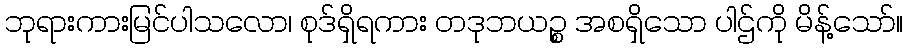
ဘုရားကားမြင်ပါသလော၊ စုဒ်ရှိရကား တဒုဘယဉ္စ အစရှိသော ပါဌ်ကို မိန့်သော်။